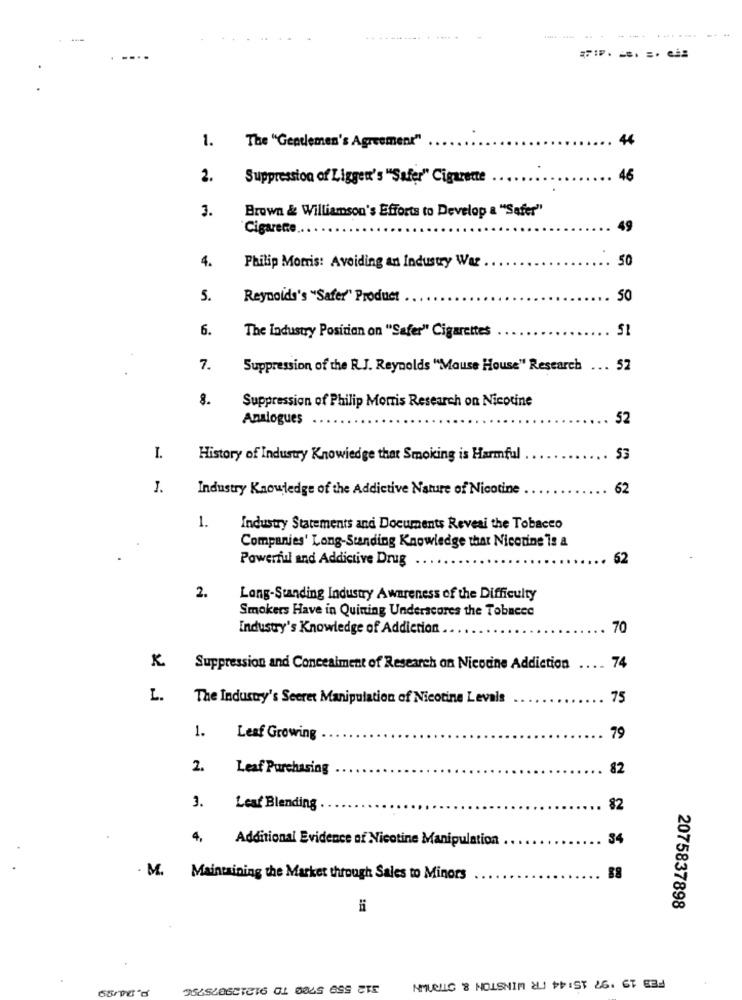
...
1.
44
The "Gentlemen's Agreement"
2.
Suppression of Ligger's "Safer" Cigarette
46
3.
Brown & Williamson's Efforts to Develop a "Safer"
Cigarene
49
4.
50
Philip Morris: Avoiding an Industry War .
5.
Reynolds's "Safer" Product
50
6.
The Industry Position on "Safer" Cigarettes
51
7.
Suppression of the R.J. Reynolds "Mouse House" Research ... 52
8.
Suppression of Philip Morris Research on Nicotine
Analogues
52
I.
History of Industry Knowledge that Smoking is Harmful
53
J.
Industry Knowledge of the Addictive Nature of Nicotine
62
1.
Industry Statements and Documents Reveal the Tobacco
Companies' Long-Standing Knowledge that Nicotine Is a
Powerful and Addictive Drug
52
2.
Long-Standing Industry Awareness of the Difficulty
Smokers Have in Quining Underscores the Tobacco
Industry's Knowledge of Addiction
70
Suppression and Concealment of Research on Nicotine Addiction
...
74
L.
The Industry's Secret Manipulation of Nicotine Levals
75
1.
Leaf Growing
79
2. Leaf Purchasing
82
3.
Leaf Blending
82
4, Additional Evidence of Nicotine Manipulation
34
. M. Maintaining the Market through Sales to Minors
88
2075837898